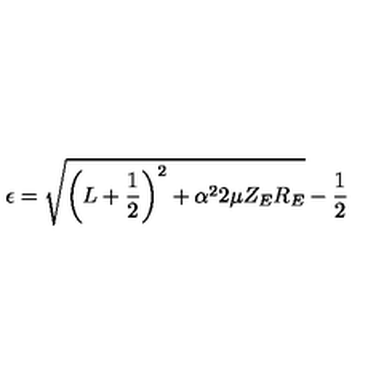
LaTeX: \epsilon = \sqrt { \left( L + \frac 1 2 \right) ^ { 2 } + \alpha ^ { 2 } 2 \mu Z _ { E } R _ { E } } - \frac 1 2